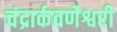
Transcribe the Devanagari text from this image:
चंद्रार्कवर्णेश्वरी